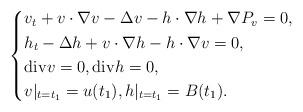
LaTeX: \begin{align*}\left\{\begin{aligned}&v_t+v\cdot\nabla v-\Delta v-{h}\cdot\nabla {h}+\nabla P_v=0,\\&{h}_t-\Delta {h}+v\cdot\nabla {h}-{h}\cdot\nabla v=0,\\&\mathrm{div}v=0,\mathrm{div} {h}=0,\\&v|_{t=t_1}=u(t_1),{h}|_{t=t_1}={B}(t_1).\end{aligned}\right.\end{align*}